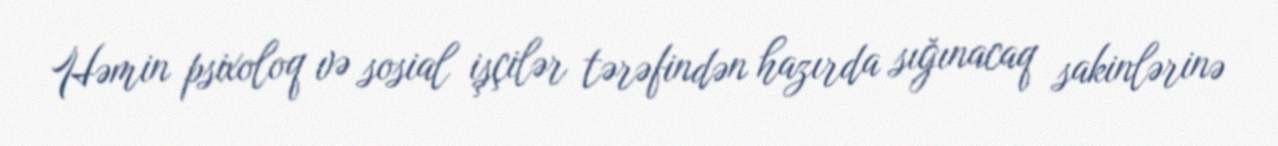
Həmin psixoloq və sosial işçilər tərəfindən hazırda sığınacaq sakinlərinə